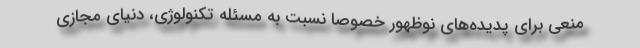
منعی برای پدیده‌های نوظهور خصوصاً نسبت به مسئله تکنولوژی، دنیای مجازی